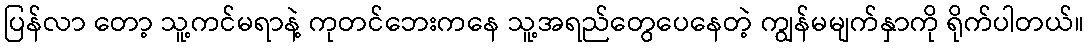
ပြန်လာ တော့ သူ့ကင်မရာနဲ့ ကုတင်ဘေးကနေ သူ့အရည်တွေပေနေတဲ့ ကျွန်မမျက်နှာကို ရိုက်ပါတယ်။